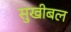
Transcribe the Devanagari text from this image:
सुखीबल